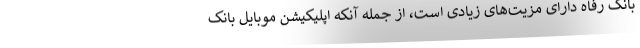
بانک رفاه دارای مزیت‌های زیادی است، از جمله آنکه اپلیکیشن موبایل بانک